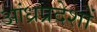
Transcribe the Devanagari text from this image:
आंध्रप्रदेशों